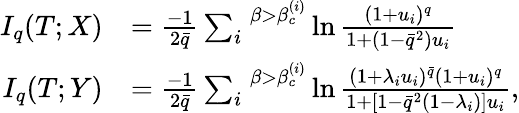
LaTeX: \begin{array}{rl}{I_{q}(T;X)}&{=\frac{-1}{2\bar{q}}\sum_{i}^{\; \; \beta>\beta_{c}^{(i)}}\ln\frac{(1+u_{i})^{q}}{1+(1-\bar{q}^{2})u_{i}}}\\ {I_{q}(T;Y)}&{=\frac{-1}{2\bar{q}}\sum_{i}^{\; \; \beta>\beta_{c}^{(i)}}\ln\frac{(1+\lambda_{i}u_{i})^{\bar{q}}(1+u_{i})^{q}}{1+[1-\bar{q}^{2}(1-\lambda_{i})]u_{i}},}\end{array}